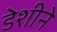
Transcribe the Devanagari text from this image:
डेशीने